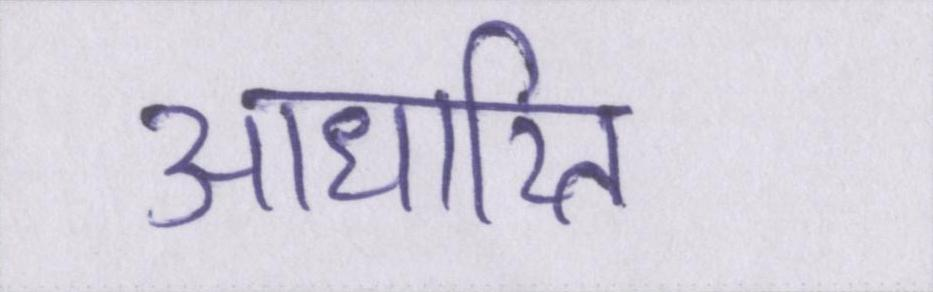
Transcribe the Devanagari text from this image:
आधारित